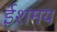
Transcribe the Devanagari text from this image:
ईशमय